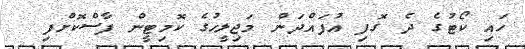
ހައި ކޯޓުގެ ދެ ގޮފި އުފައްދަން މަޖިލީހުގެ ކޮމިޓީން ފާސްކޮށްފި